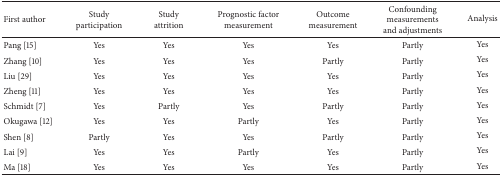
| First author | Study participation | Study attrition | Prognostic factor measurement | Outcome measurement | Confounding measurements and adjustments | Analysis |
 | --- | --- | --- | --- | --- | --- | --- |
 | Pang [15] | Yes | Yes | Yes | Yes | Partly | Yes |
 | Zhang [10] | Yes | Yes | Yes | Partly | Partly | Yes |
 | Liu [29] | Yes | Yes | Yes | Yes | Partly | Yes |
 | Zheng [11] | Yes | Yes | Yes | Yes | Partly | Yes |
 | Schmidt [7] | Yes | Partly | Yes | Partly | Partly | Yes |
 | Okugawa [12] | Yes | Yes | Partly | Yes | Partly | Yes |
 | Shen [8] | Partly | Yes | Yes | Partly | Partly | Yes |
 | Lai [9] | Yes | Yes | Partly | Yes | Partly | Yes |
 | Ma [18] | Yes | Yes | Yes | Yes | Partly | Yes |